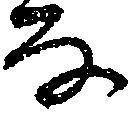
な